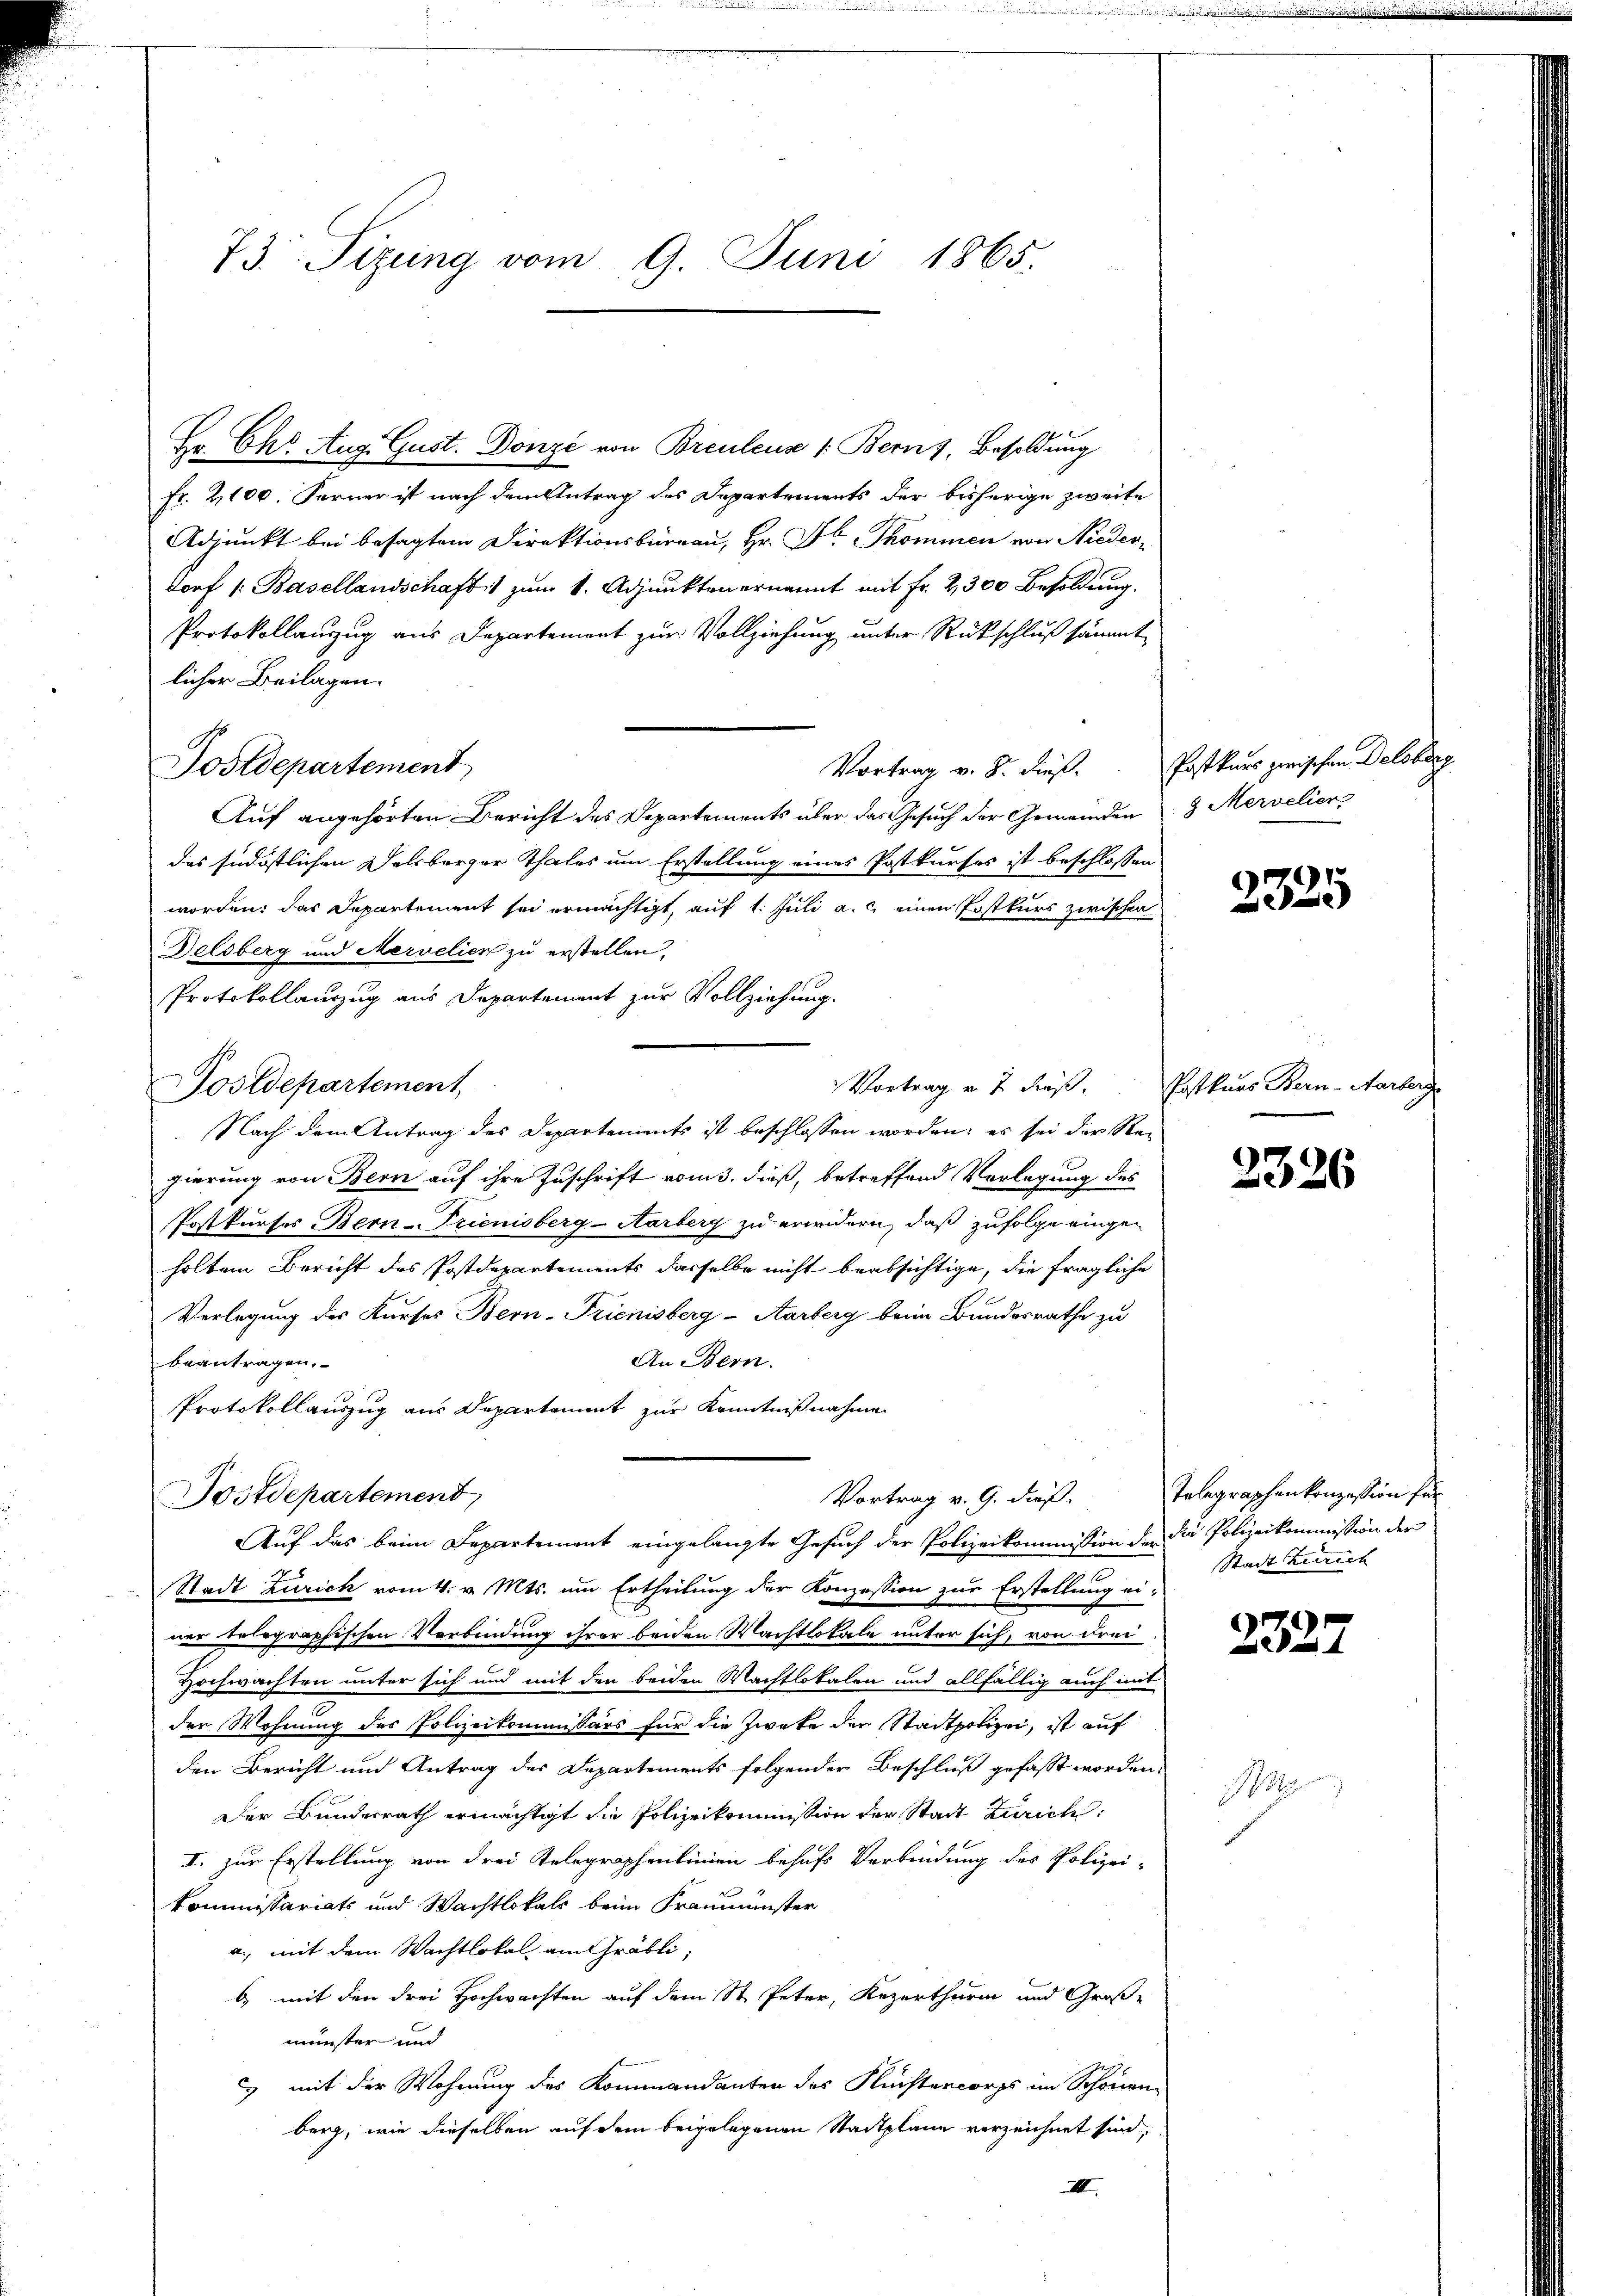
73. Sizung vom 9. Juni 1865.

Hr. Chr. Aug. Gust. Donze von Breuleuse 1: Bern z, Besoldung
Fr. 2100. Ferner ist nach dem Antrag des Departements der bisherige zweite
Adjunkt bei besagten Direktionsbüreau, Hr. Dr. Thommen von Nieder-
dorf 1. Basellandschaft zum 1. Adjunkten ernannt mit Fr. 2300 Besoldung.
Protokollanzug aus Departement zur Vollziehung unter Rückschluß sämmt
licher Beilagen.
Auf angehörten Bericht des Departements über das Gesuch der Gemeinden 3 Mervelier
das südöstlichen Delsberger Thales um Erstellung eines Postkurses ist beschlossen
worden: das Departement sei ermächtigt, auf 1. Juli a. c. einen Postkurs zwischen
Delsberg und Mervelien zu erstellen,
Protokollauszug aus Departement zur Vollziehung.
Postdepartement,
Nach dem Antrag des Departements ist beschlossen worden, es sei der Rei
gierung von Bern auf ihre Zuschrift vom 3. dieß, betreffend Vorlegung des
Postkurses Bern-Frienisberg-Aarberg zu erwidern, daß zufolge eingeholten Bericht des Postdepartements dasselbe nicht beabsichtige, die fragliche
Verlegung des Kurses Bern-Frienisberg-Aarberg beim Bundesrathe zu
An Bern.
beantragen.
Protokollauszug aus Departament zur Kenntnißnahme
Postdepartement
Vortrag v. 9. daß,
Auf das beim Departement eingelangte Gesuch der Polizeikommission der die Polizeikommission der
Stadt Zürich vom 4. v. Mts. um Ertheilung der Konzession zur Erstellung ei-
ner telegraphischen Verbindung ihrer beiden Machtlokale unter sich, von Frei¬
Hochwachten unter sich und mit den beiden Machtlokalen und allfällig auch mit
der Wohnung des Polizeikommissärs für die Zweke der Stadtpolizei, ist auf
den Bericht und Antrag des Departements folgender Beschluß gefasst worden:
Der Bundesrath ermächtigt die Polizeikommission der Stadt Zürich
I. zur Erstellung von drei Telegraphenlinien behufs Verbindung des Polizei-
kommissariats und Wachtlokals beim Fraumünster
a., mit dem Wachtlokal am Gräbli,
b) mit den drei Hochwachten auf dem St. Peter, Rezerthurm und Großmenster und
& mit der Wohnung des Kommandanten des Flüchtercorps im Schönen
berg, wie dieselben auf dem beigelegenen Stadtplane verzeichnet sind,
I

Postdepartement

Vortrag v. 8. dieß. Postkurs zwischen Delsberg

Vortrag u. 7 dieß. Postkurs Bern-Aarberg

2325

2326

Telegraphenkonzession für
Stadt Zürich

2327